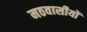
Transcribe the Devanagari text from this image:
मठवासीयों